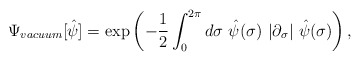
\begin{align*}\Psi _{vacuum}[\hat \psi ]=\exp \left( -{\frac 12}\int_0^{2\pi }d\sigma{}~\hat \psi (\sigma )~|\partial _\sigma |~\hat \psi (\sigma )\right) ,\end{align*}